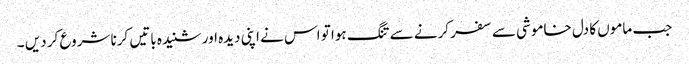
جب ماموں کا دل خاموشی سے سفر کرنے سے تنگ ہوا تو اس نے اپنی دیدہ اور شنیدہ باتیں کرنا شروع کر دیں ۔